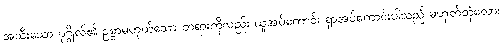
အသီးသော ပုဂ္ဂိုလ်၏ ဥစ္စာမဟုတ်သော တရားကိုလည်း ယူအပ်ကောင်း ရှာအပ်ကောင်းပါသည် မဟုတ်တုံလော။